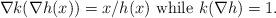
LaTeX: \begin{align*} \nabla k ( \nabla h (x) ) = x/ h(x) \mbox{ while } k ( \nabla h ) = 1.\end{align*}